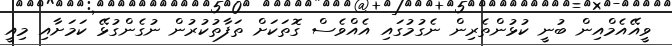
ވީއޭއެމްއިން ބުނީ ކުޅުންތެރިން ނެގުމުގައި އެއްވެސް ގޮތަކަށް ތަފާތުކުރުން ނުގެންގުޅޭ ކަމަށާއި މިއީ